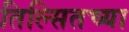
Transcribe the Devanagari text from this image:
तिल्सितच्या